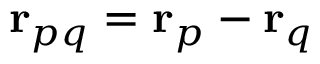
\mathbf { r } _ { p q } = \mathbf { r } _ { p } - \mathbf { r } _ { q }